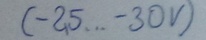
Text: (-25...-30V)